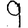
Digit: 9